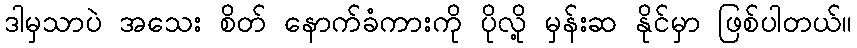
ဒါမှသာပဲ အသေး စိတ် နောက်ခံကားကို ပိုလို့ မှန်းဆ နိုင်မှာ ဖြစ်ပါတယ်။